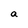
Character: a